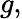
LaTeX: g,